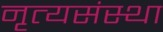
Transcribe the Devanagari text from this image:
नृत्यसंस्था